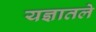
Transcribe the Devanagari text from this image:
यज्ञातले